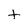
Character: t